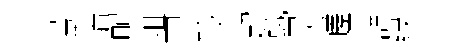
甍墙配俎已玲超蛾景嵯詳緑